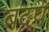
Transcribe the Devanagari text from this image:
बदप